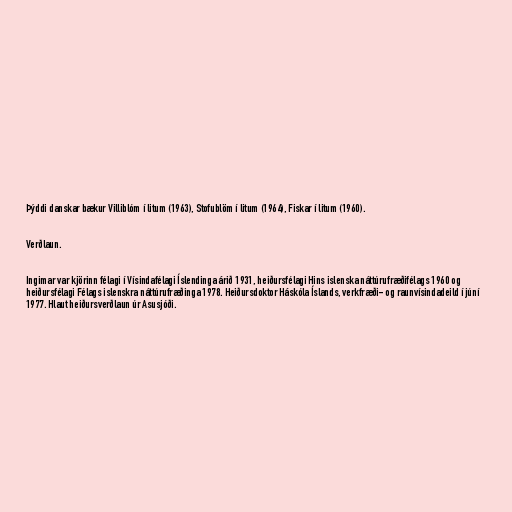
Þýddi danskar bækur Villiblóm í litum (1963), Stofublöm í litum (1964), Fiskar í litum (1960).

Verðlaun.

Ingimar var kjörinn félagi í Vísindafélagi Íslendinga árið 1931, heiðursfélagi Hins islenska náttúrufræðifélags 1960 og
heiðursfélagi Félags islenskra náttúrufræðinga 1978. Heiðursdoktor Háskóla Íslands, verkfræði- og raunvísindadeild í júní
1977. Hlaut heiðursverðlaun úr Asusjóði.